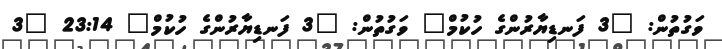
ވަގުތުން: "3 ފަނޑިޔާރުންގެ ހުކުމް" ވަގުތުން: "3 ފަނޑިޔާރުންގެ ހުކުމް" 23:14 "3